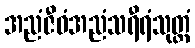
အညံဇီဝံအညံသရီရံသုတ္တံ